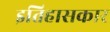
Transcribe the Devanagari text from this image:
इतिहासकार